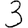
Digit: 3